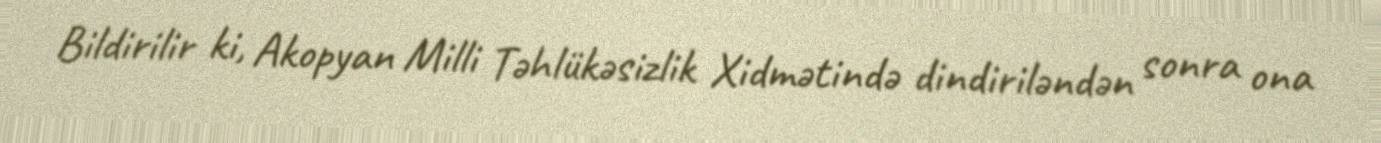
Bildirilir ki, Akopyan Milli Təhlükəsizlik Xidmətində dindiriləndən sonra ona